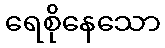
ရေစိုနေသော